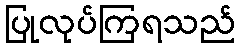
ပြုလုပ်ကြရသည်